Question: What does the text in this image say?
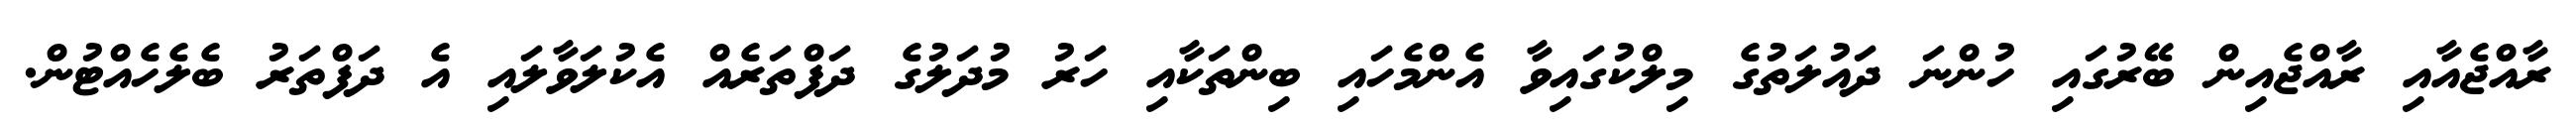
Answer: ރާއްޖެއާއި ރާއްޖެއިން ބޭރުގައި ހުންނަ ދައުލަތުގެ މިލްކުގައިވާ އެންމެހައި ބިންތަކާއި ހަރު މުދަލުގެ ދަފްތަރެއް އެކުލަވާލައި އެ ދަފްތަރު ބެލެހެއްޓުން.